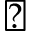
\backepsilon